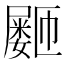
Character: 𪨞